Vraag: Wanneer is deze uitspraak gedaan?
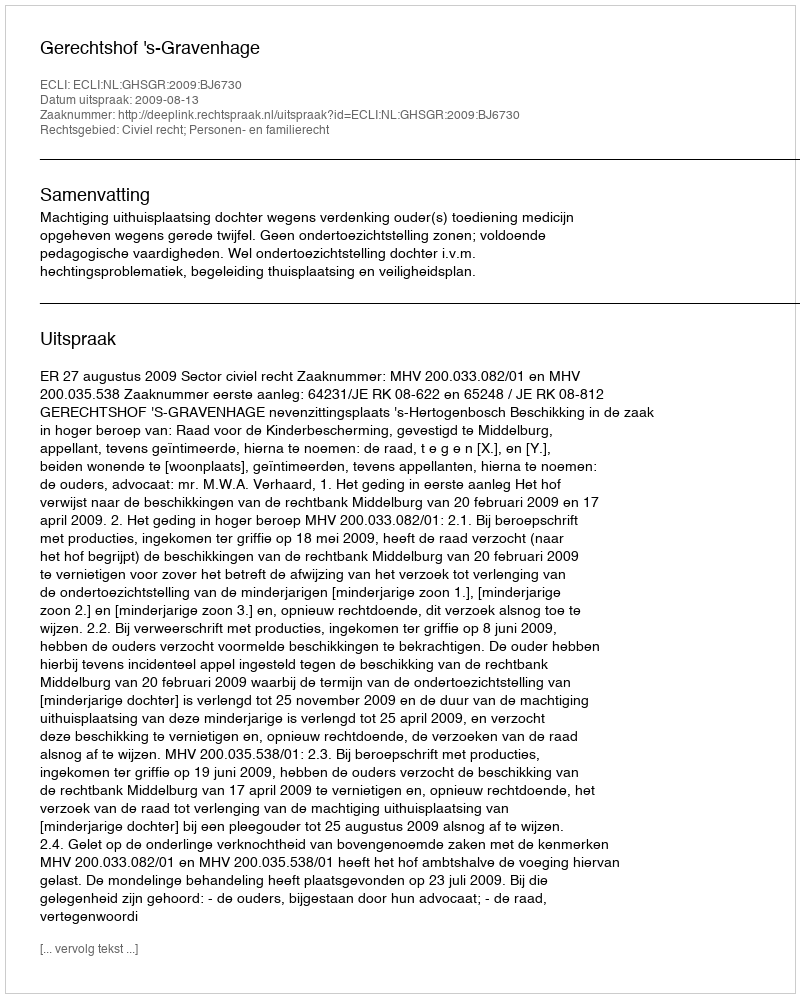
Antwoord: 2009-08-13